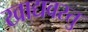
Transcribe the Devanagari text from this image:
खाद्यवस्तु